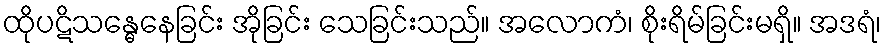
ထိုပဋိသန္ဓေနေခြင်း အိုခြင်း သေခြင်းသည်။ အလောကံ၊ စိုးရိမ်ခြင်းမရှိ။ အဒရံ၊